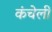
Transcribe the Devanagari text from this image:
कंचेली